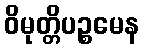
ဝိမုတ္တိပဉ္စမေန